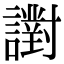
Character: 譵